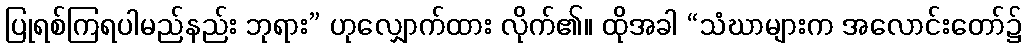
ပြုရစ်ကြရပါမည်နည်း ဘုရား” ဟုလျှောက်ထား လိုက်၏။ ထိုအခါ “သံဃာများက အလောင်းတော်၌